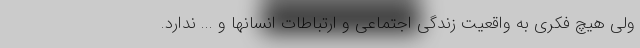
ولی هیچ فکری به واقعیت زندگی اجتماعی و ارتباطات انسانها و ... ندارد.